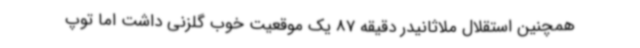
همچنین استقلال ملاثانیدر دقیقه 87 یک موقعیت خوب گلزنی داشت اما توپ